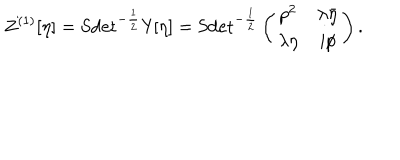
Z ^ { ( 1 ) } [ \eta ] = \mathrm { S d e t } ^ { - \frac 1 2 } { \sf Y } [ \eta ] = \mathrm { S d e t } ^ { - \frac 1 2 } \left( \begin{array} { c c } { { p ^ { 2 } } } & { { \lambda \bar { \eta } } } \\ { { \lambda \eta } } & { { i p \llap / } } \\ \end{array} \right) .